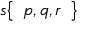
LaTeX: s { \left\{ \begin{array} { l } { p , q , r } \end{array} \right\} }